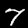
Label: 7